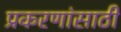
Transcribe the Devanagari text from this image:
प्रकरणांसाठी